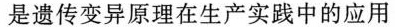
是遗传变异原理在生产实践中的应用